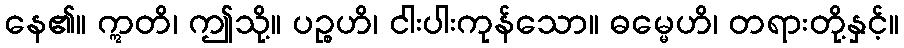
နေ၏။ ဣတိ၊ ဤသို့။ ပဉ္စဟိ၊ ငါးပါးကုန်သော။ ဓမ္မေဟိ၊ တရားတို့နှင့်။